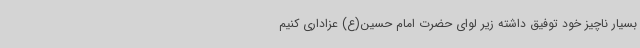
بسیار ناچیز خود توفیق داشته زیر لوای حضرت امام حسین(ع) عزاداری کنیم